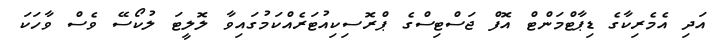
އަދި އެމެރިކާގެ ޑިޕާޓްމަންޓް އޮފް ޖަސްޓިސްގެ ޕްރޮސިކިއުޓަރެއްކަމުގައިވާ ލޮލީޓަ ލުކޯސޭ ވެސް ވާހަކަ